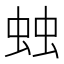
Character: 䖵